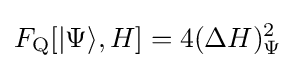
F_{\rm {Q}}[\vert \Psi \rangle ,H]=4(\Delta H)_{\Psi }^{2}